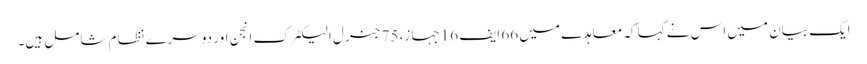
ایک بیان میں اس نے کہا کہ معاہدے میں 66 ایف 16 جہاز، 75 جنرل الیکٹرک انجن اور دوسرے نظام شامل ہیں۔